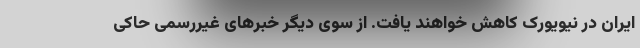
ایران در نیویورک کاهش خواهند یافت. از سوی دیگر خبرهای غیررسمی حاکی